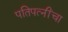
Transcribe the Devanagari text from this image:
पतिपत्‍नींचा